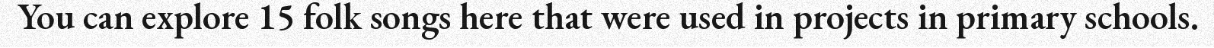
You can explore 15 folk songs here that were used in projects in primary schools.